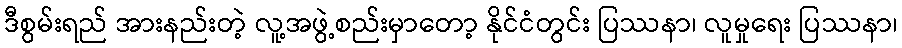
ဒီစွမ်းရည် အားနည်းတဲ့ လူ့အဖွဲ့စည်းမှာတော့ နိုင်ငံတွင်း ပြဿနာ၊ လူမှုရေး ပြဿနာ၊